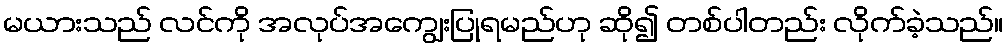
မယားသည် လင်ကို အလုပ်အကျွေးပြုရမည်ဟု ဆို၍ တစ်ပါတည်း လိုက်ခဲ့သည်။